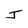
Character: J